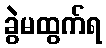
ခွဲမထွက်ရ